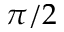
\pi / 2